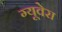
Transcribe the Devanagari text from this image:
ग्यूवेरा